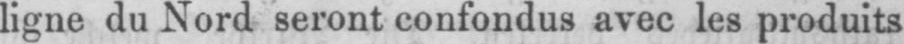
ligne du Nord seront confondus avec les produits